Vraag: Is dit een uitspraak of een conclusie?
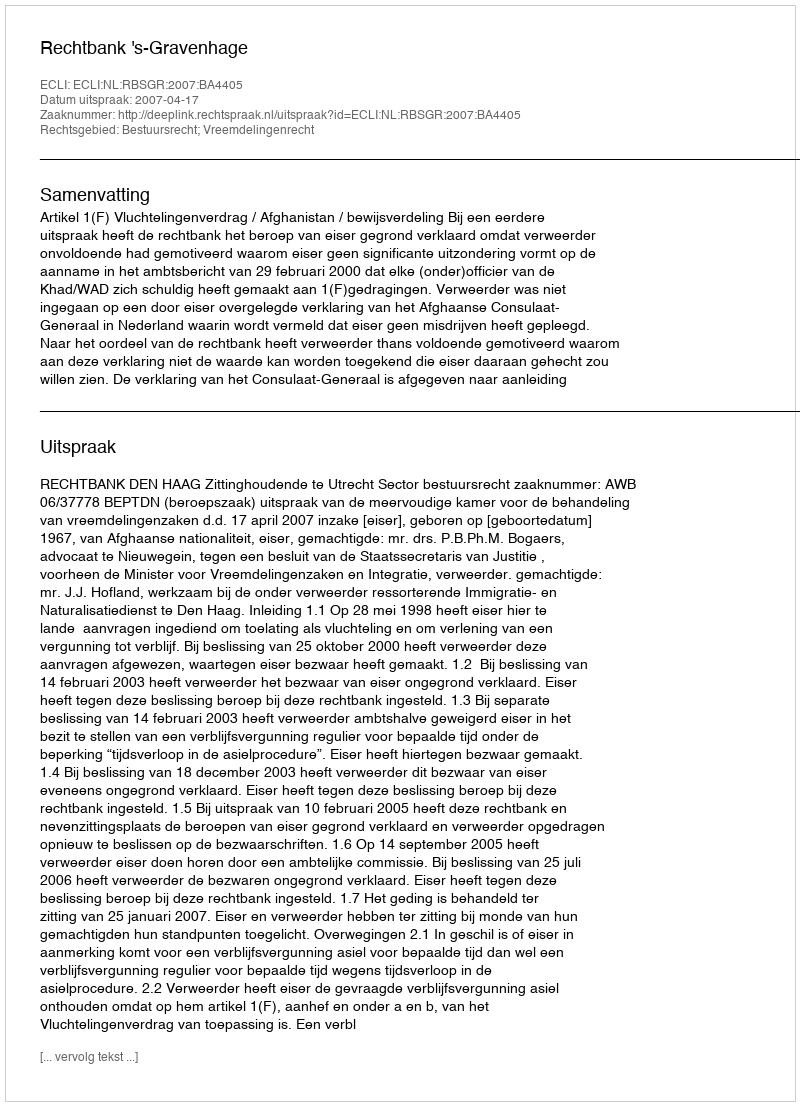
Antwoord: Uitspraak